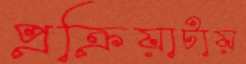
প্রক্রিয়াটায়